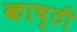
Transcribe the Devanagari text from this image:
काष्ठी